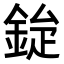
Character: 𮡿